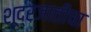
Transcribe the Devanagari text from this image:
शूद्रजातीचा